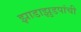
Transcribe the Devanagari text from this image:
झाडाझुडपांची